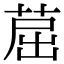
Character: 䓛